Scottish Leaving Certificate Examination, 1960
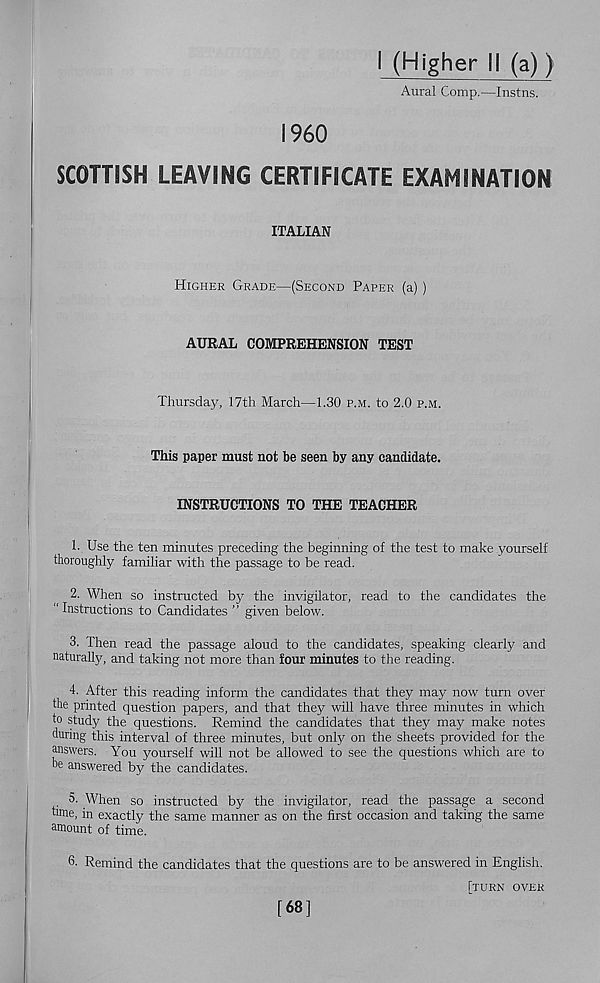
I960
I (Higher II (a))
Aural Comp.—Instns.
SCOTTISH LEAVING CERTIFICATE EXAMINATION
ITALIAN
Higher Grade—(Second Paper (a) )
AURAL COMPREHENSION TEST
Thursday, 17th March—1.30 p.m. to 2.0 p.m.
This paper must not be seen by any candidate.
INSTRUCTIONS TO THE TEACHER
1. Use the ten minutes preceding the beginning of the test to make yourself
thoroughly familiar with the passage to be read.
2. When so instructed by the invigilator, read to the candidates the
“Instructions to Candidates ” given below.
3. Then read the passage aloud to the candidates, speaking clearly and
naturally, and taking not more than four minutes to the reading.
4. After this reading inform the candidates that they may now turn over
the printed question papers, and that they will have three minutes in which
to study the questions. Remind the candidates that they may make notes
during this interval of three minutes, but only on the sheets provided for the
answers. You yourself will not be allowed to see the questions which are to
be answered by the candidates.
5. When so instructed by the invigilator, read the passage a second
fame, in exactly the same manner as on the first occasion and taking the same
amount of time.
6. Remind the candidates that the questions are to be answered in English.
[turn over
[68]